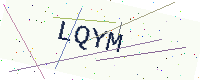
Text: LQYM